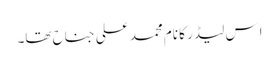
اِس لیڈر کا نام محمد علی جناح تھا۔